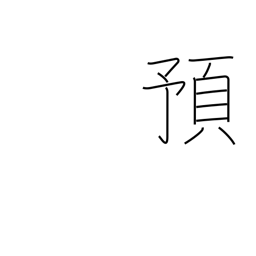
Meaning: entrust to